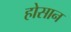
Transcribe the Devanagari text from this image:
होसान